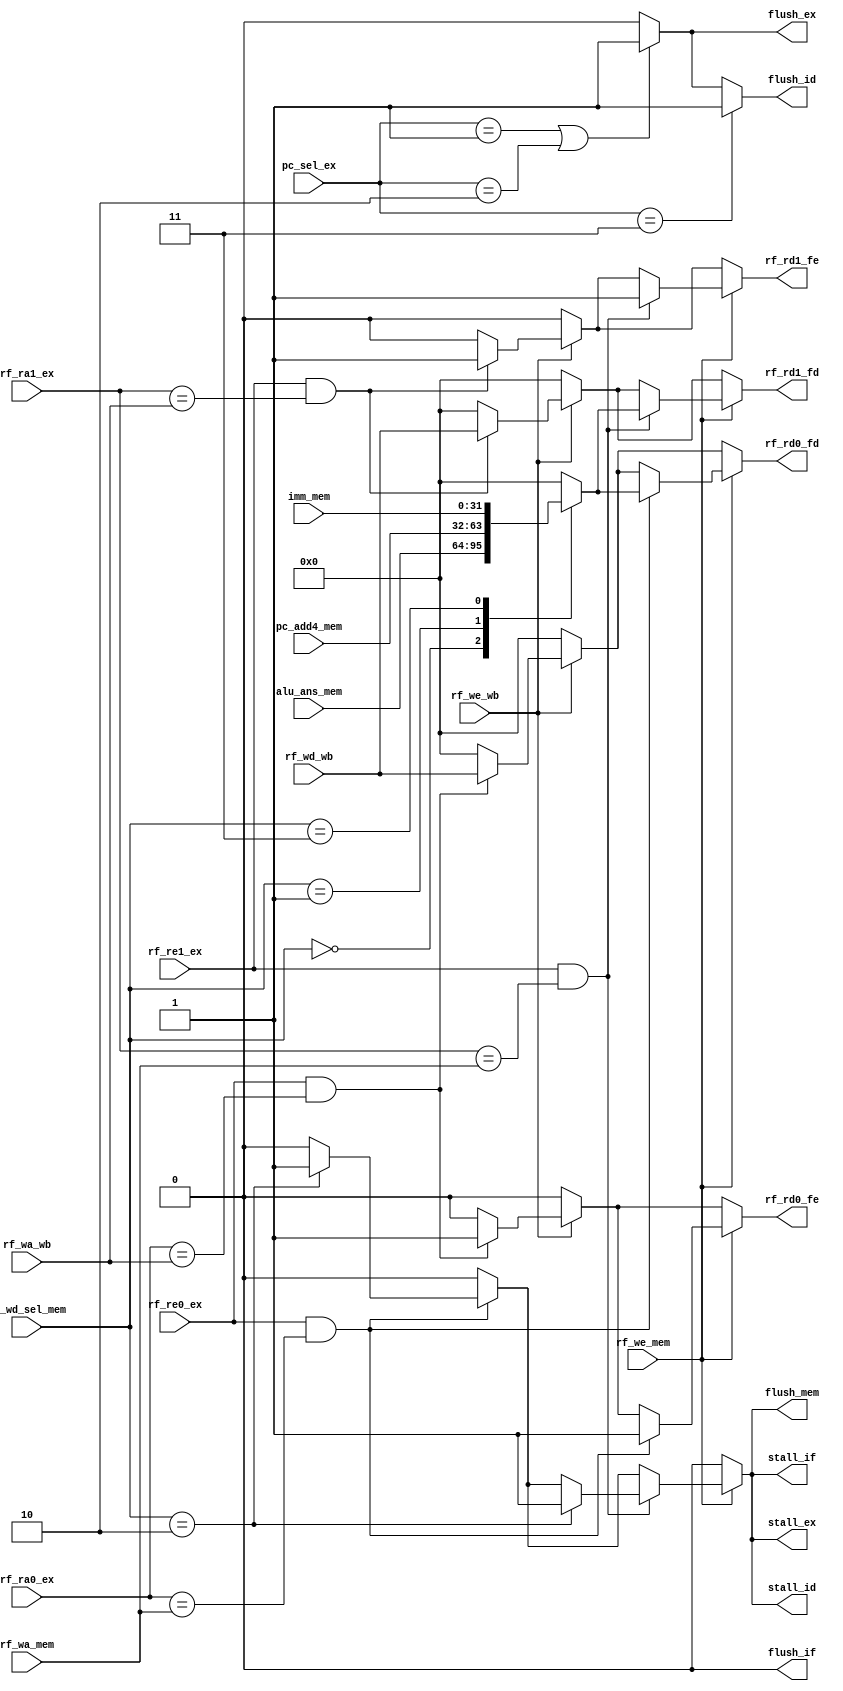
module Hazard (
    input [4:0] rf_ra0_ex,
    input [4:0] rf_ra1_ex,
    input rf_re0_ex,
    input rf_re1_ex,
    input [4:0] rf_wa_mem,
    input rf_we_mem,
    input [1:0] rf_wd_sel_mem,
    input [31:0] alu_ans_mem,
    input [31:0] pc_add4_mem,
    input [31:0] imm_mem,
    input [4:0] rf_wa_wb,
    input rf_we_wb,
    input [31:0] rf_wd_wb,
    input [1:0] pc_sel_ex,
    output reg rf_rd0_fe,
    output reg rf_rd1_fe,
    output reg [31:0] rf_rd0_fd,
    output reg [31:0] rf_rd1_fd,
    output reg stall_if,
    output reg stall_id,
    output reg stall_ex,
    output reg flush_if,
    output reg flush_id,
    output reg flush_ex,
    output reg flush_mem
);
    reg [31:0] rf_wd_mem;
    always @(*) begin
        rf_wd_mem=0;
        case (rf_wd_sel_mem)
            0: rf_wd_mem=alu_ans_mem;
            1: rf_wd_mem=pc_add4_mem;
            3: rf_wd_mem=imm_mem;       //rf_wd_sel_mem==2
        endcase
    end

    always @(*) begin
        rf_rd0_fe=0; rf_rd0_fd=0; rf_rd1_fe=0; rf_rd1_fd=0;
        stall_if=0; stall_id=0; stall_ex=0;
        flush_if=0; flush_id=0; flush_ex=0; flush_mem=0;
        if(rf_we_wb)begin   //
            if(rf_re0_ex==1 && rf_ra0_ex==rf_wa_wb)begin    //
                rf_rd0_fe=1;
                rf_rd0_fd=rf_wd_wb;
            end
            if(rf_re1_ex==1 && rf_ra1_ex==rf_wa_wb)begin    //
                rf_rd1_fe=1;
                rf_rd1_fd=rf_wd_wb;
            end
        end
        if(rf_we_mem)begin  //
            if(rf_re0_ex==1 && rf_ra0_ex==rf_wa_mem)begin   //
                if(rf_wd_sel_mem==2)begin   //
                    stall_if=1;
                    stall_id=1;
                    stall_ex=1;
                    flush_mem=1;
                end
                rf_rd0_fe=1;
                rf_rd0_fd=rf_wd_mem;
            end
            if(rf_re1_ex==1 && rf_ra1_ex==rf_wa_mem)begin   //
                if(rf_wd_sel_mem==2)begin   //
                    stall_if=1;
                    stall_id=1;
                    stall_ex=1;
                    flush_mem=1;
                end
                rf_rd1_fe=1;
                rf_rd1_fd=rf_wd_mem;
            end
        end
        if(pc_sel_ex==1 || pc_sel_ex==2)begin    //jalr, br
            //flush_if=1;   //
            flush_id=1;
            flush_ex=1;
        end
        if(pc_sel_ex==3)begin   //jal 
            //flush_if=1;   //
            flush_id=1;
        end
    end
endmodule